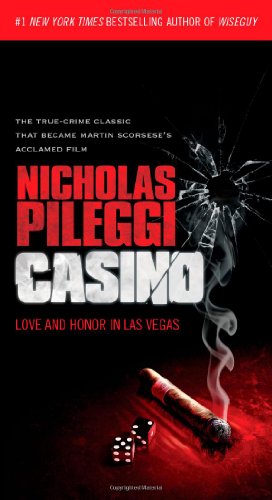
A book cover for Casino: Love and Honor in Las Vegas; Nicholas Pileggi; Biographies & Memoirs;